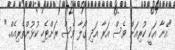
"އޭނާ އަކީ ކުރިއަށް ވެސް އަރާ އަދި ގޯޯލާ ވެސް ރަށްޓެހި ކުޅުންތެރިއެއް."